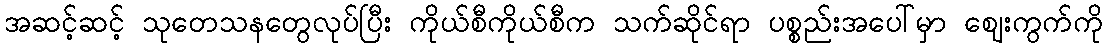
အဆင့်ဆင့် သုတေသနတွေလုပ်ပြီး ကိုယ်စီကိုယ်စီက သက်ဆိုင်ရာ ပစ္စည်းအပေါ်မှာ ဈေးကွက်ကို